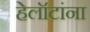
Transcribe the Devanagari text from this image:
हेलॉटांना